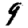
Digit: 9